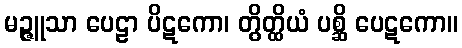
မဉ္ဇူသာ ပေဠာ ပိဋကော၊ တွိတ္ထိယံ ပစ္ဆိ ပေဋကော။